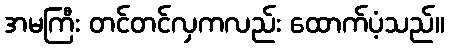
အမကြီး တင်တင်လှကလည်း ထောက်ပံ့သည်။